画像に写った文字を読んでください
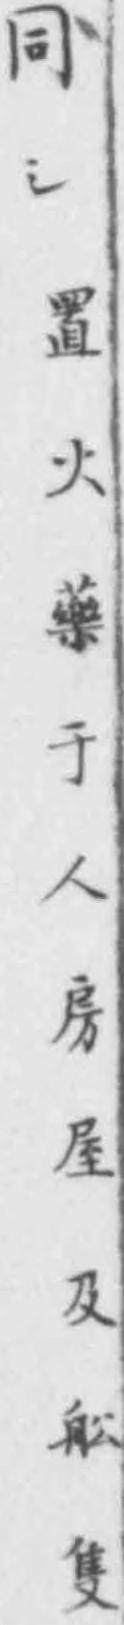
「同シ置火藥于人房屋及舩隻」と書いてあります